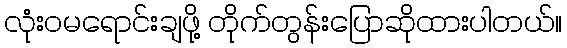
လုံးဝမရောင်းချဖို့ တိုက်တွန်းပြောဆိုထားပါတယ်။